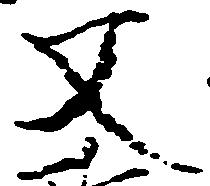
又